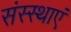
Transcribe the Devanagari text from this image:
संस्स्थाएं